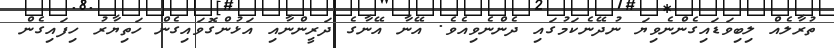
ތުރާލެއް ލިބިވަޑައިގެންނެވިޔަ ނުދޭނެކަމުގައި ދެންނެވިއެވެ. އޭނާ އޭނާގެ ދަރީންނާއި އަޅުންގޮވައިގެން ހަތިޔާރު ހިފައިގެން